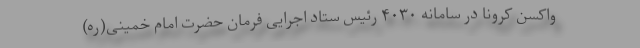
واکسن کرونا در سامانه ۴۰۳۰ رئیس ستاد اجرایی فرمان حضرت امام خمینی(ره)